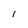
Character: l